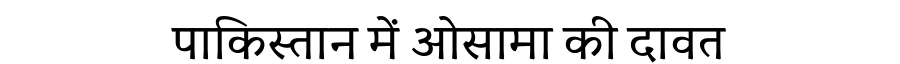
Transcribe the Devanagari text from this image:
पाकिस्तान में ओसामा की दावत